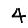
Digit: 4